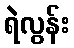
ရဲလွန်း